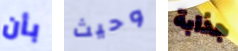
بأن وحيث جذابة